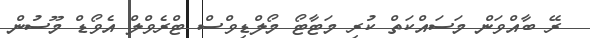
ރޭ ބާއްވަން މަސައްކަތް ކުރި މަޓާޓޯ މޯލްޑިވްސް ޓްރެވްލް އެވޯޑް މޫސުން